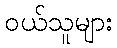
ဝယ်သူများ